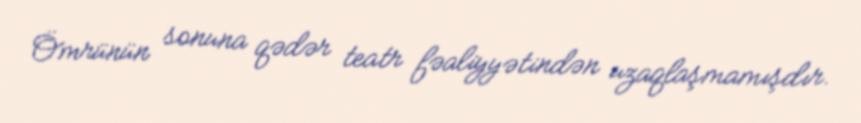
Ömrünün sonuna qədər teatr fəaliyyətindən uzaqlaşmamışdır.